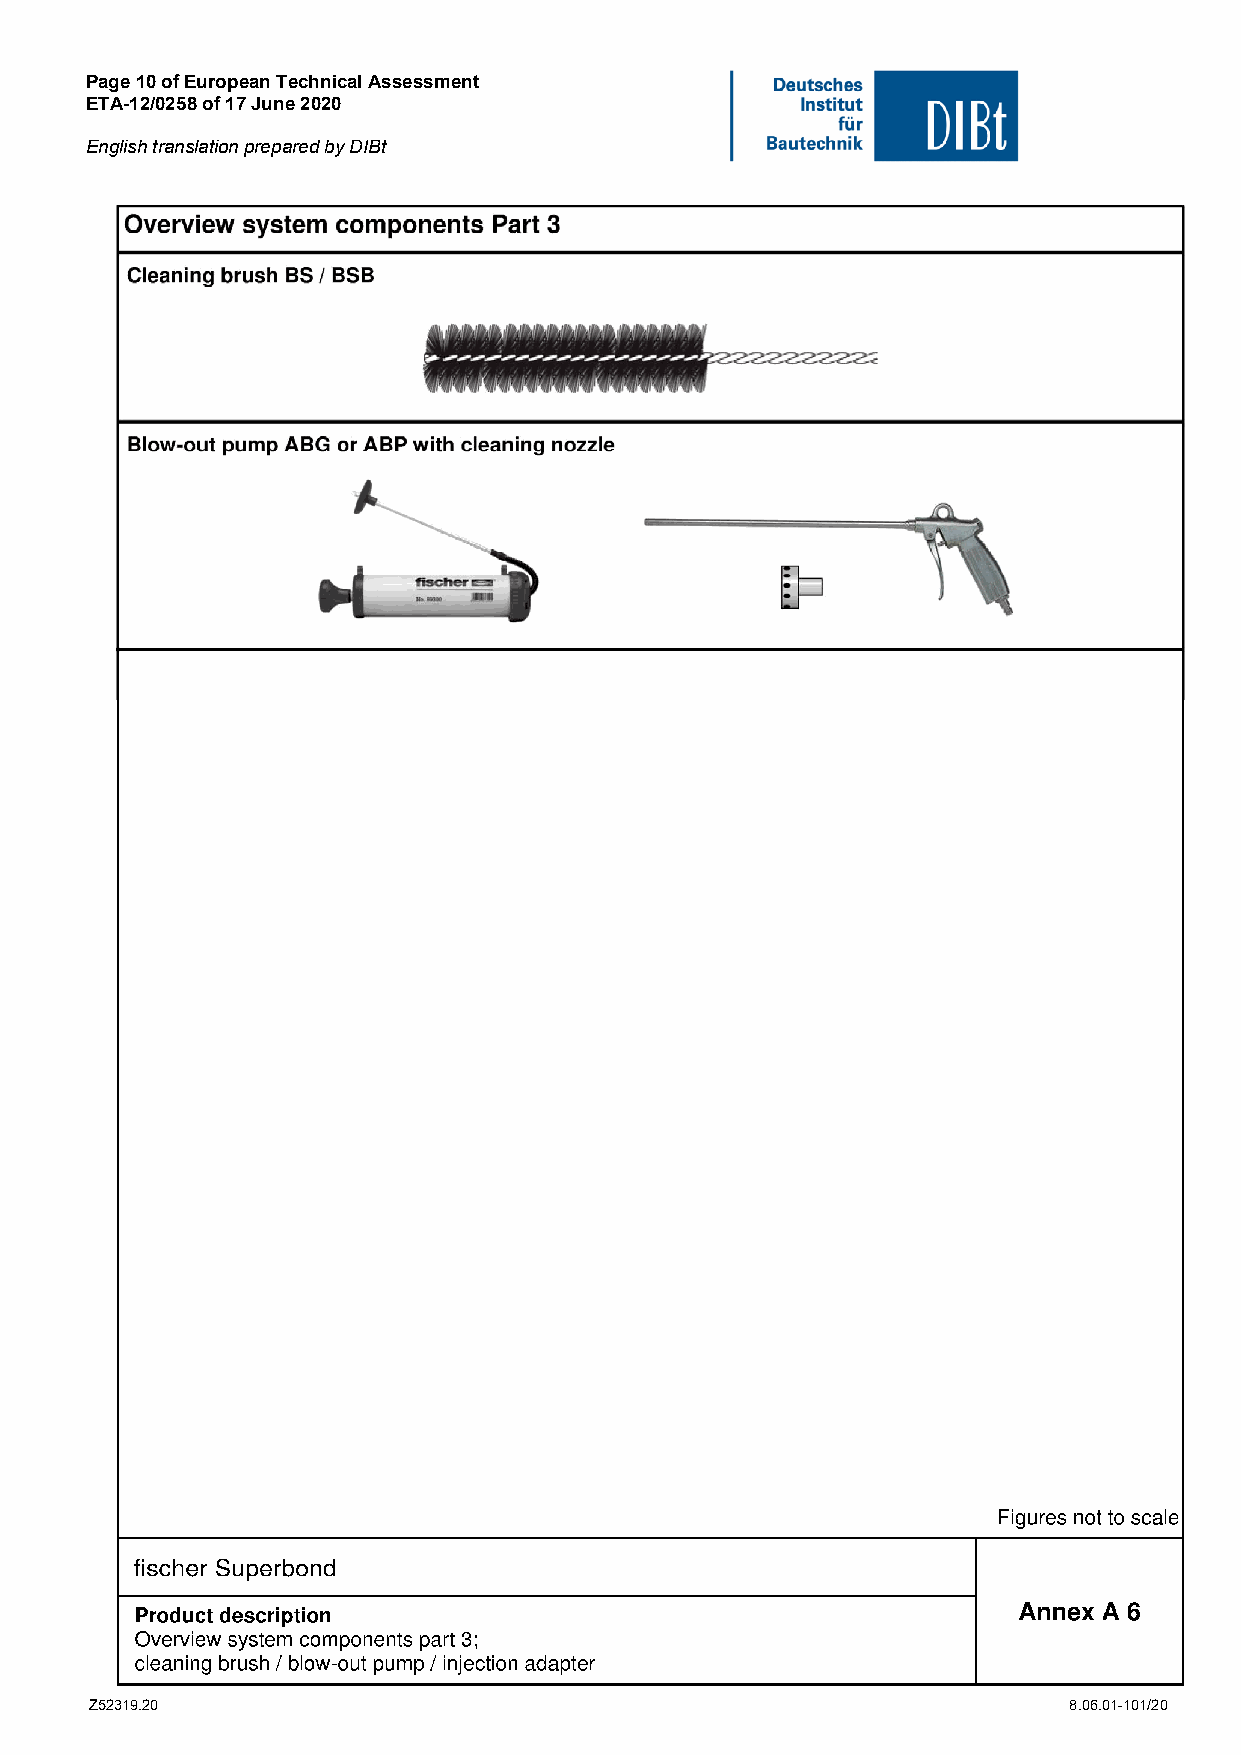
Page 10 of European Technical Assessment
 ETA-12/0258 of 17 June 2020
 English translation prepared by DIBt
 Z52319.20                                                        8.06.01-101/20